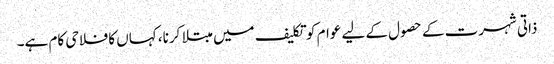
ذاتی شہرت کے حصول کے لیے عوام کو تکلیف میں مبتلا کرنا، کہاں کا فلاحی کام ہے۔